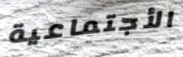
الأجتماعية